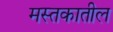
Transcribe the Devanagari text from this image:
मस्तकातील